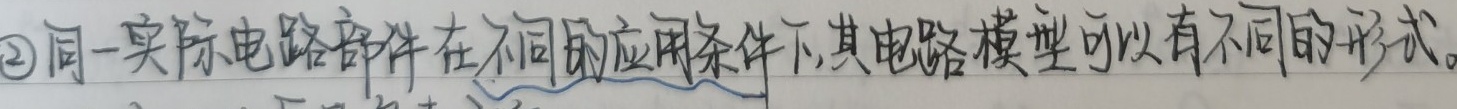
\textcircled{2}同一实际电路部件在不同的应用条件下，其电路模型可以有不同的形式。